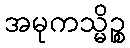
အမုကသ္မိဉ္စ